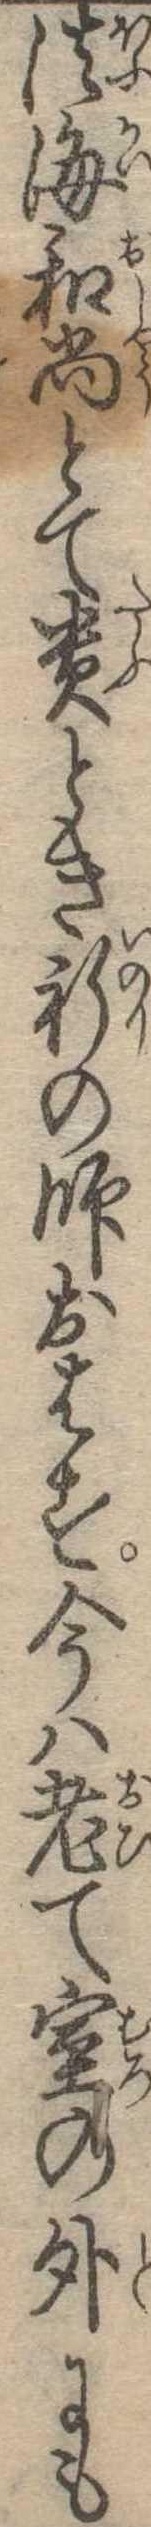
法海和尚とて貴とき祈の師おはす今は老て室の外にも